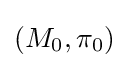
(M_{0},\pi _{0})